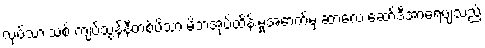
လုပ်သားသစ် ကျပ်သွန်နီတစ်ပိသာ မိဘအုပ်ထိန်းမှုအောက်မှ ဆာလေ ဆော်ဒီအာရေဗျသည်